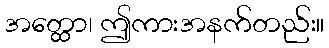
အတ္ထော၊ ဤကားအနက်တည်း။